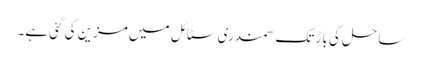
ساحل کی باڑ تک سمندری سٹائل میں مزین کی گئی ہے۔